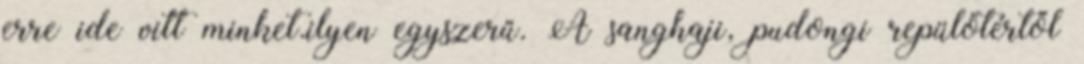
erre ide vitt minket.ilyen egyszerű. A sanghaji, pudongi repülőtértől